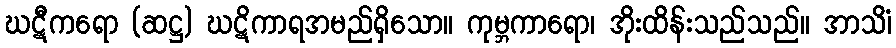
ဃဋီကရော (ဆဋ္ဌ) ဃဋိကာရအမည်ရှိသော။ ကုမ္ဘကာရော၊ အိုးထိန်းသည်သည်။ အာသိံ၊